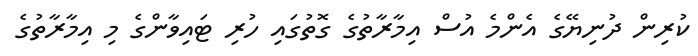
ކުރިން ދުނިޔޭގެ އެންމެ އުސް އިމާރާތުގެ ގޮތުގައި ހުރި ޓައިވާންގެ މި އިމާރާތުގެ